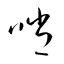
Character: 哨